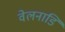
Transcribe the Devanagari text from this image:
वेलनाडि